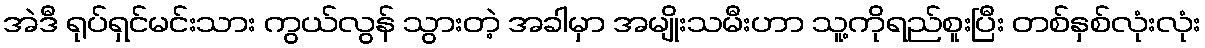
အဲဒီ ရုပ်ရှင်မင်းသား ကွယ်လွန် သွားတဲ့ အခါမှာ အမျိုးသမီးဟာ သူ့ကိုရည်စူးပြီး တစ်နှစ်လုံးလုံး